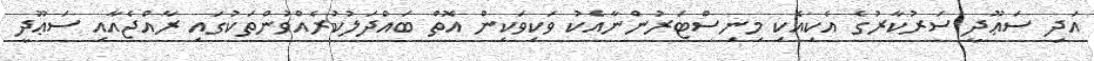
އަދި ސަޢޫދީ ސަރުކާރުގެ އެކިއެކި މިނިސްޓަރުންނާއެކު ވަކިވަކިން އޮތް ބައްދަލުކުރެއްވުންތަކުގައި ރާއްޖެއާއި ސަޢޫދީ